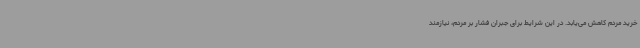
خرید مردم کاهش می‌یابد. در این شرایط برای جبران فشار بر مردم، نیازمند